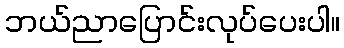
ဘယ်ညာပြောင်းလုပ်ပေးပါ။